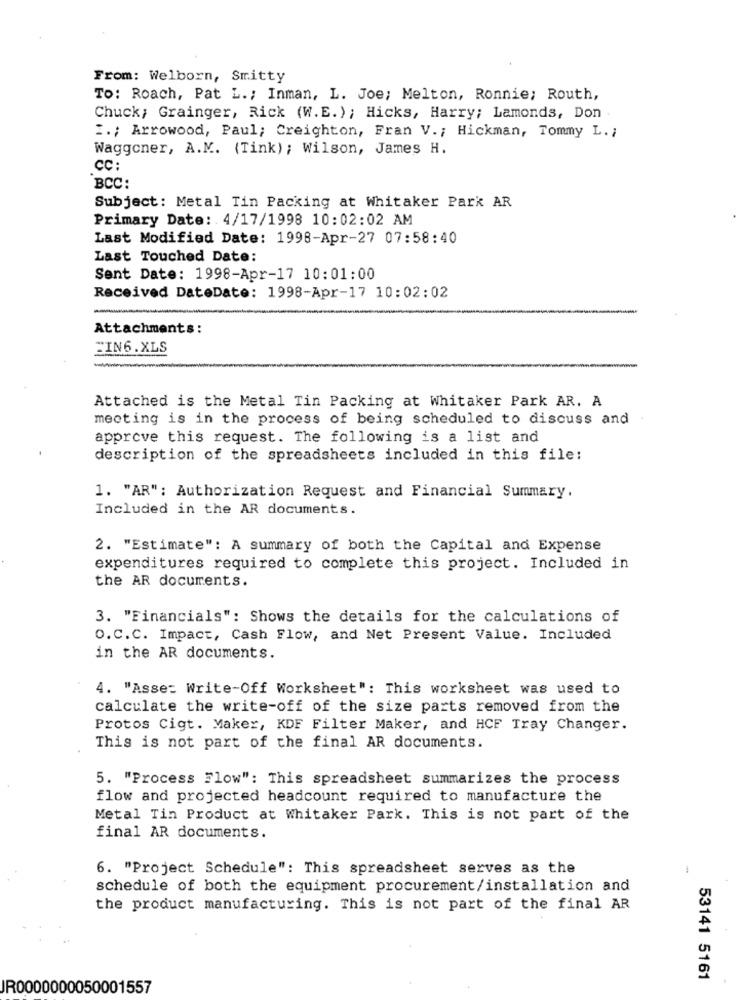
From: Welborn, Smitty
TO: Roach, Pat L .; Inman, L. Joe; Melton, Ronnie; Routh,
Chuck; Grainger, Rick (W.E.); Hicks, Harry; Lamonds, Don .
2 .; Arrowood, Paul; Creighton, Fran V. ; Hickman, Tommy L. ;
Waggoner, A.M. (Tink); Wilson, James H.
CC:
BCC:
Subject: Metal Tin Packing at Whitaker Park AR
Primary Date: 4/17/1998 10:02:02 AM
Last Modified Date: 1998-Apr-27 07:58:40
Last Touched Date:
Sent Date: 1998-Apr-17 10:01:00
Received DateDate: 1998-Apr-17 10:02:02
Attachments:
FIN6.XLS
Attached is the Metal Tin Packing at Whitaker Park AR. A
meeting is in the process of being scheduled to discuss and
approve this request. The following is a list and
description of the spreadsheets included in this file:
1. "AR": Authorization Request and Financial Summary.
Included in the AR documents.
2. "Estimate": A summary of both the Capital and Expense
expenditures required to complete this project. Included in
the AR documents.
3. "Financials": Shows the details for the calculations of
O.C.C. Impact, Cash Flow, and Net Present Value. Included
in the AR documents.
4. "Asse: Write-Off Worksheet": This worksheet was used to
calculate the write-off of the size parts removed from the
Protos Cigt. Maker, KDF Filter Maker, and HCF Tray Changer.
This is not part of the final AR documents.
5. "Process Flow": This spreadsheet summarizes the process
flow and projected headcount required to manufacture the
Metal Tin Product at Whitaker Park. This is not part of the
final AR documents.
6. "Project Schedule": This spreadsheet serves as the
-
schedule of both the equipment procurement/installation and
the product manufacturing. This is not part of the final AR
53141 5161
JR0000000050001557